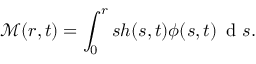
\mathcal { M } ( r , t ) = \int _ { 0 } ^ { r } s h ( s , t ) \phi ( s , t ) \, \mathrm { ~ d ~ } s .